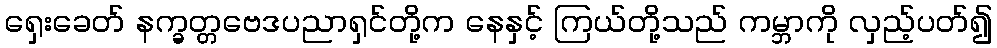
ရှေးခေတ် နက္ခတ္တဗေဒပညာရှင်တို့က နေနှင့် ကြယ်တို့သည် ကမ္ဘာကို လှည့်ပတ်၍